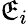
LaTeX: \mathfrak{E}_{i}